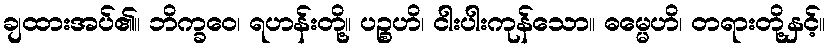
ချထားအပ်၏။ ဘိက္ခဝေ၊ ရဟန်းတို့။ ပဉ္စဟိ၊ ငါးပါးကုန်သော။ ဓမ္မေဟိ၊ တရားတို့နှင့်။